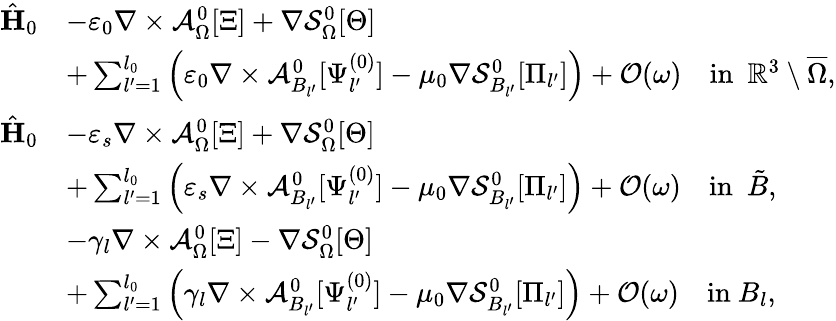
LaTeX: \begin{array}{rl}{\hat{\mathbf{H}}_{0}}&{-\varepsilon_{0}\nabla\times\mathcal{A}_{\Omega}^{0}[\Xi]+\nabla\mathcal{S}_{\Omega}^{0}[\Theta]}\\ &{+\sum_{l^{\prime}=1}^{l_{0}}\Big(\varepsilon_{0}\nabla\times\mathcal{A}_{B_{l^{\prime}}}^{0}[\Psi_{l^{\prime}}^{(0)}]-\mu_{0}\nabla\mathcal{S}_{B_{l^{\prime}}}^{0}[\Pi_{l^{\prime}}]\Big)+\mathcal{O}(\omega)\quad\mathrm{in}\ \ \mathbb{R}^{3}\setminus\overline{{\Omega}},}\\ {\hat{\mathbf{H}}_{0}}&{-\varepsilon_{s}\nabla\times\mathcal{A}_{\Omega}^{0}[\Xi]+\nabla\mathcal{S}_{\Omega}^{0}[\Theta]}\\ &{+\sum_{l^{\prime}=1}^{l_{0}}\Big(\varepsilon_{s}\nabla\times\mathcal{A}_{B_{l^{\prime}}}^{0}[\Psi_{l^{\prime}}^{(0)}]-\mu_{0}\nabla\mathcal{S}_{B_{l^{\prime}}}^{0}[\Pi_{l^{\prime}}]\Big)+\mathcal{O}(\omega)\quad\mathrm{in}\ \ \tilde{B},}\\ &{-\gamma_{l}\nabla\times\mathcal{A}_{\Omega}^{0}[\Xi]-\nabla\mathcal{S}_{\Omega}^{0}[\Theta]}\\ &{+\sum_{l^{\prime}=1}^{l_{0}}\Big(\gamma_{l}\nabla\times\mathcal{A}_{B_{l^{\prime}}}^{0}[\Psi_{l^{\prime}}^{(0)}]-\mu_{0}\nabla\mathcal{S}_{B_{l^{\prime}}}^{0}[\Pi_{l^{\prime}}]\Big)+\mathcal{O}(\omega)\quad\mathrm{in}\ B_{l},}\end{array}